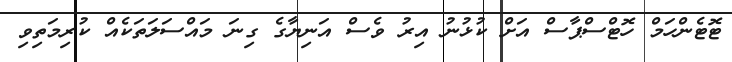
ޓޮޓެންހަމް ހޮޓްސްޕާސް އަށް ކުޅުނު އިރު ވެސް އަނިޔާގެ ގިނަ މައްސަލަތަކެއް ކުރިމަތިވި